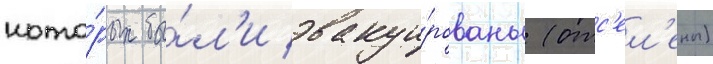
кото́рых бы́л'и эвакуи́рованы (отс'ел'ены)